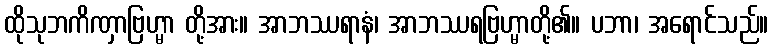
ထိုသုဘကိဏှာဗြဟ္မာ တို့အား။ အာဘဿရာနံ၊ အာဘဿရဗြဟ္မာတို့၏။ ပဘာ၊ အရောင်သည်။